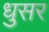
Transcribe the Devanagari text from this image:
धुसर